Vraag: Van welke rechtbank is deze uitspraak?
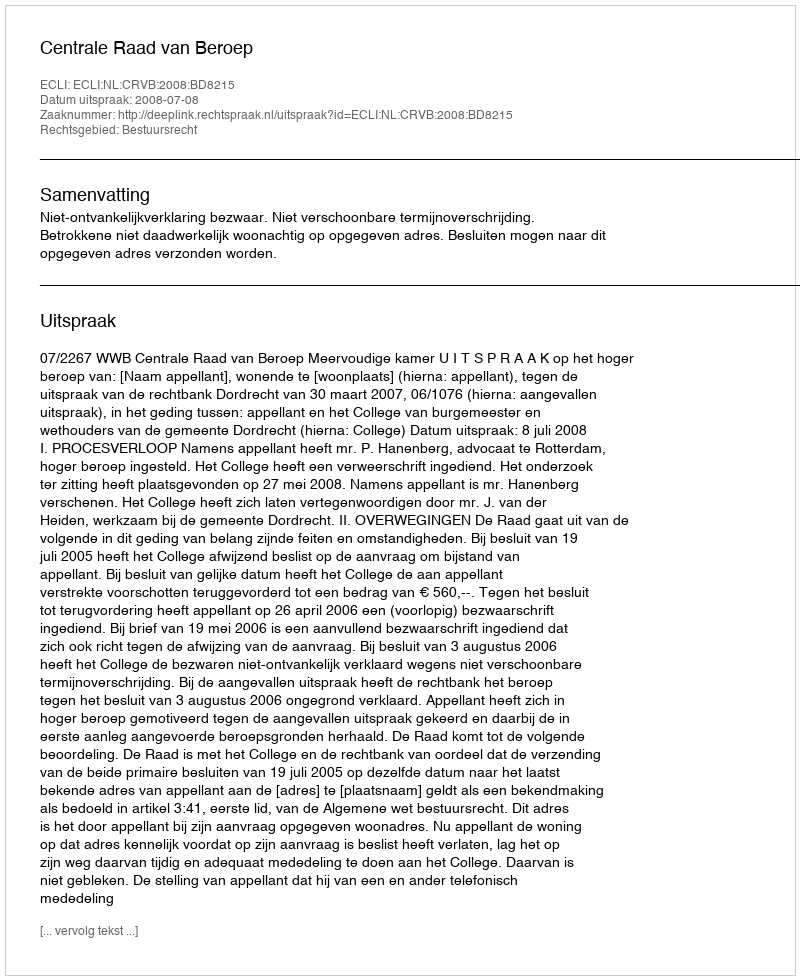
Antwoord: Centrale Raad van Beroep